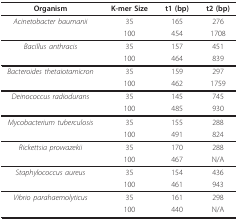
| Organism | K-mer Size | t1 (bp) | t2 (bp) |
 | --- | --- | --- | --- |
 | Acinetobacter baumanii | 35 | 165 | 276 |
 |  | 100 | 454 | 1708 |
 | Bacillus anthracis | 35 | 157 | 451 |
 |  | 100 | 464 | 839 |
 | Bacteroides thetaiotamicron | 35 | 159 | 297 |
 |  | 100 | 462 | 1759 |
 | Deinococcus radiodurans | 35 | 145 | 745 |
 |  | 100 | 485 | 930 |
 | Mycobacterium tuberculosis | 35 | 155 | 288 |
 |  | 100 | 491 | 824 |
 | Rickettsia prowazekii | 35 | 170 | 288 |
 |  | 100 | 467 | N/A |
 | Staphylococcus aureus | 35 | 154 | 436 |
 |  | 100 | 461 | 943 |
 | Vibrio parahaemolyticus | 35 | 161 | 298 |
 |  | 100 | 440 | N/A |